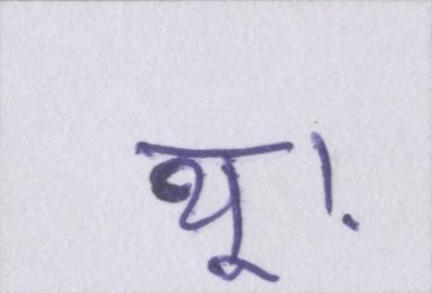
थू।